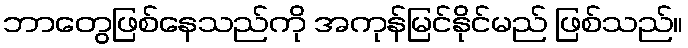
ဘာတွေဖြစ်နေသည်ကို အကုန်မြင်နိုင်မည် ဖြစ်သည်။